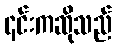
၎င်းကဆိုသည်